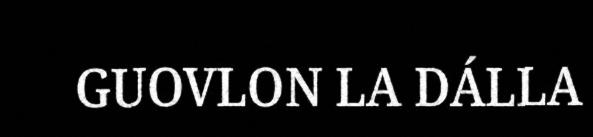
GUOVLON LA DÁLLA